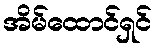
အိမ်ထောင်ရှင်